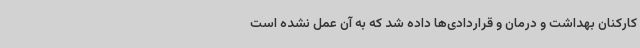
کارکنان بهداشت و درمان و قراردادی‌ها داده شد که به آن عمل نشده است